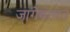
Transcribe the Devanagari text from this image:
जागेबाबत